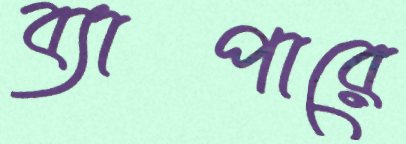
ব্যাপারে